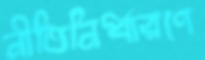
নীতিনির্ধারণে